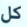
كل